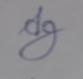
Signature authenticity: forged